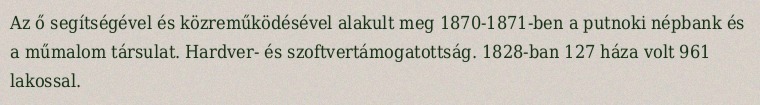
Az ő segítségével és közreműködésével alakult meg 1870-1871-ben a putnoki népbank és a műmalom társulat. Hardver- és szoftvertámogatottság. 1828-ban 127 háza volt 961 lakossal.